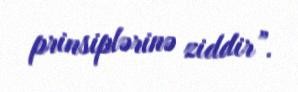
prinsiplərinə ziddir”.